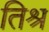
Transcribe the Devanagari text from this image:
तिश्र